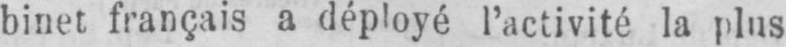
binet français a déployé l’activité la plus